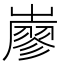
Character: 𡽦